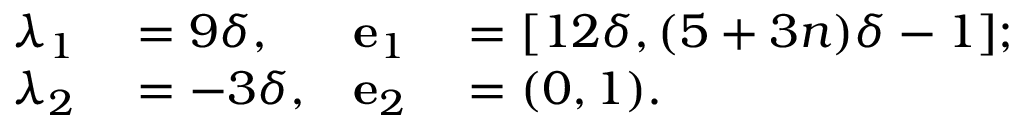
\begin{array} { r l r l } { \lambda _ { 1 } } & { { } = 9 \delta , } & { \mathbf { e } _ { 1 } } & { { } = [ 1 2 \delta , ( 5 + 3 n ) \delta - 1 ] ; } \\ { \lambda _ { 2 } } & { { } = - 3 \delta , } & { \mathbf { e } _ { 2 } } & { { } = ( 0 , 1 ) . } \end{array}